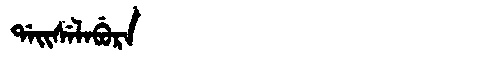
Manchu: ᡩᠠᡳᠰᡝᠯᠠᠪᡠᡵᠠ
Romanization: DAISELABURA